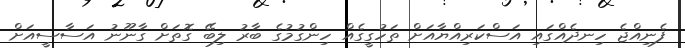
ފެނިއްޖެ ހިނދެއްގައި އަސްކަރިއްޔާއަށް ތަހުގީގެއް ހިންގުމުގެ ބާރު ލިބޭ ގޮތަށް ގާނޫނު އަސާސީއަށް